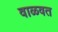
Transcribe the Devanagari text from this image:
वाळवत